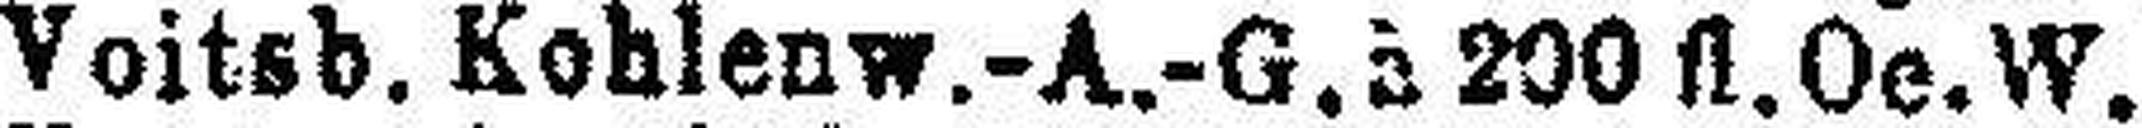
Voitsb. Kohlenw.-A.-G. à 200 fl. Oe. W.